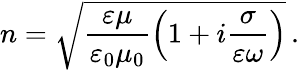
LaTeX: n=\sqrt{\frac{\varepsilon\mu}{\varepsilon_{0}\mu_{0}}\left(1+i\frac{\sigma}{\varepsilon\omega}\right)}\, .